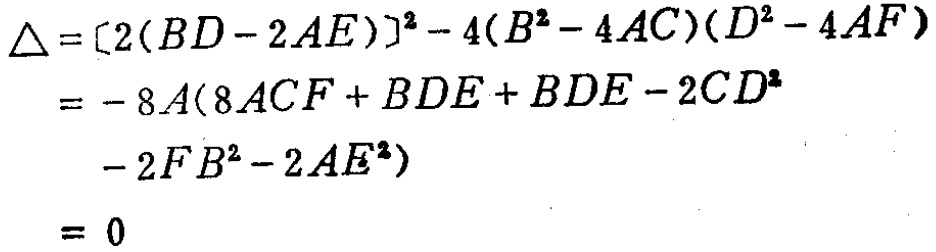
\begin{align*}
\Delta&=[2(BD - 2AE)]^{2}-4(B^{2}-4AC)(D^{2}-4AF)\\
&=-8A(8ACF + BDE + BDE - 2CD^{2}\\
&\quad-2FB^{2}-2AE^{2})\\
&= 0
\end{align*}